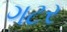
ગટર